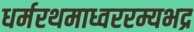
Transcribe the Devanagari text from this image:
धर्मरथमाध्वररम्यभद्र